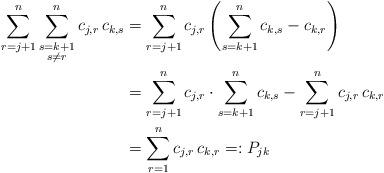
LaTeX: \begin{align*} \sum_{r=j+1}^n\sum_{\substack{s=k+1\\ s\neq r}}^n c_{j,r}\,c_{k,s} & = \sum_{r=j+1}^n c_{j,r}\left(\sum_{s=k+1}^n c_{k,s}-c_{k,r}\right)\\ ~ & = \sum_{r=j+1}^n c_{j,r}\cdot\sum_{s=k+1}^n c_{k,s}-\sum_{r=j+1}^n c_{j,r}\,c_{k,r}\\ ~ & = \sum_{r=1}^n c_{j,r}\,c_{k,r}=:P_{jk} \end{align*}